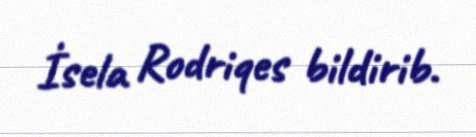
İsela Rodriqes bildirib.